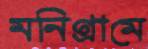
মনিগ্রামে